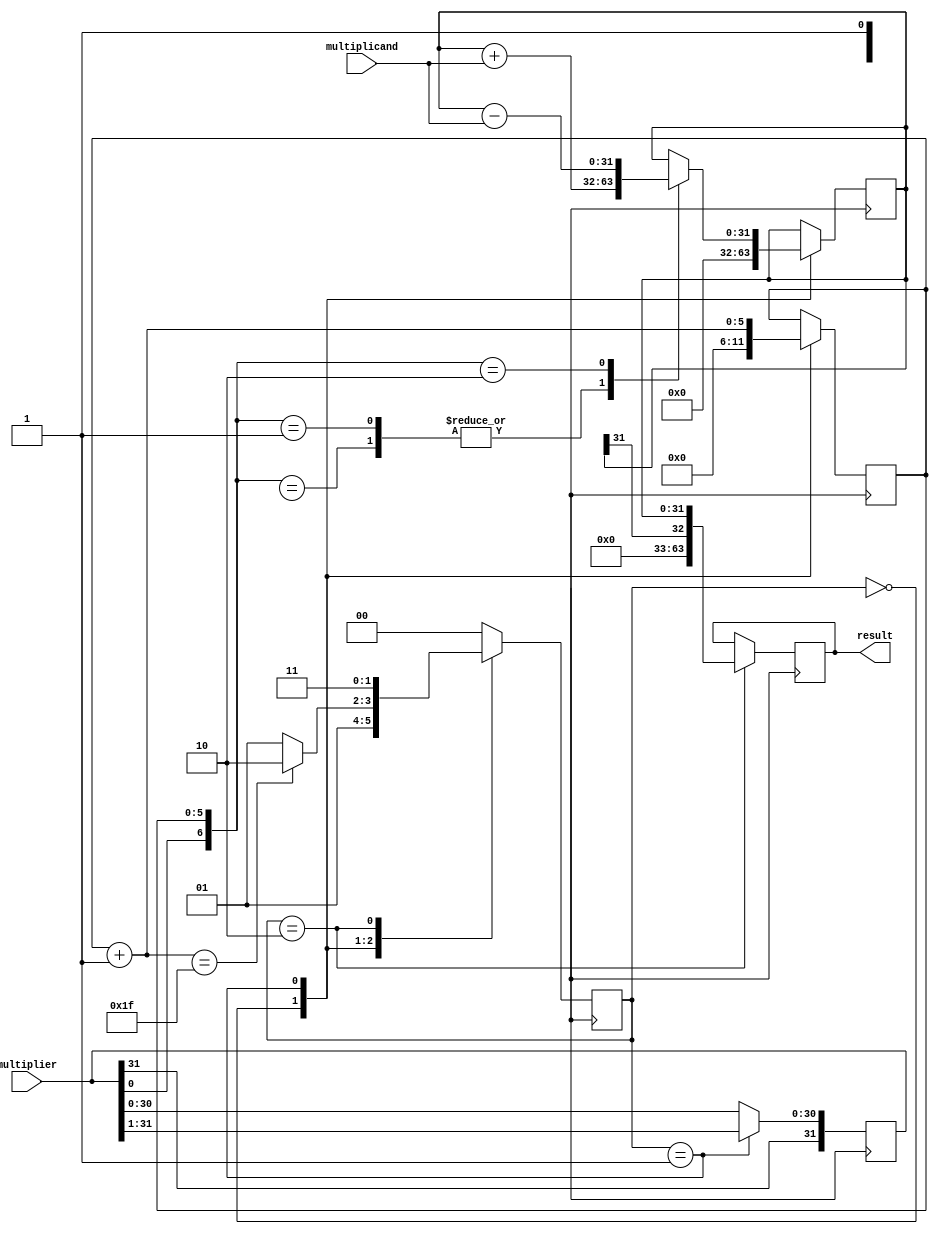
module booth_multiplier (
    input [31:0] multiplicand,
    input [31:0] multiplier,
    output reg [63:0] result
);

reg [31:0] ac;
reg [5:0] count;
reg [1:0] state;

always @ (posedge clk) begin
    case(state)
        2'b00: begin // Initialize
            ac <= 64'b0;
            count <= 6'b0;
            state <= 2'b01;
        end
        2'b01: begin // Booth's algorithm
            case({multiplier[0], count[5:0]})
                2'b01, 6'b00xxx1: begin // Subtract multiplicand
                    ac = ac + multiplicand;
                end
                2'b10, 6'b00xxx1: begin // Add multiplicand
                    ac = ac - multiplicand;
                end
                default: begin // No operation
                end
            endcase
            // Shift right by 1 bit
            multiplier = {multiplier[31], multiplier[31:1]};
            count = count + 1;
            state = (count == 31) ? 2'b10 : 2'b01;
        end
        2'b10: begin // Final result
            result = {ac[31], ac};
            state = 2'b11;
        end
        default: begin // Default state
            state = 2'b00;
        end
    endcase
end

endmodule